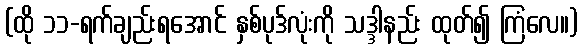
(ထို ၁၁-ရက်ချည်းရအောင် နှစ်ပုဒ်လုံးကို သဒ္ဒါနည်း ထုတ်၍ ကြံလေ။)